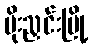
မိုးညှင်းမြို့